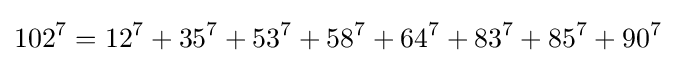
102^{7}=12^{7}+35^{7}+53^{7}+58^{7}+64^{7}+83^{7}+85^{7}+90^{7}